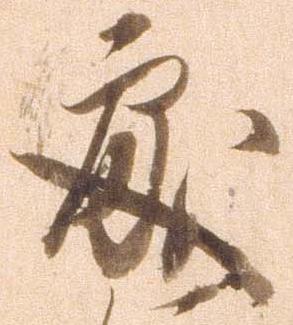
処